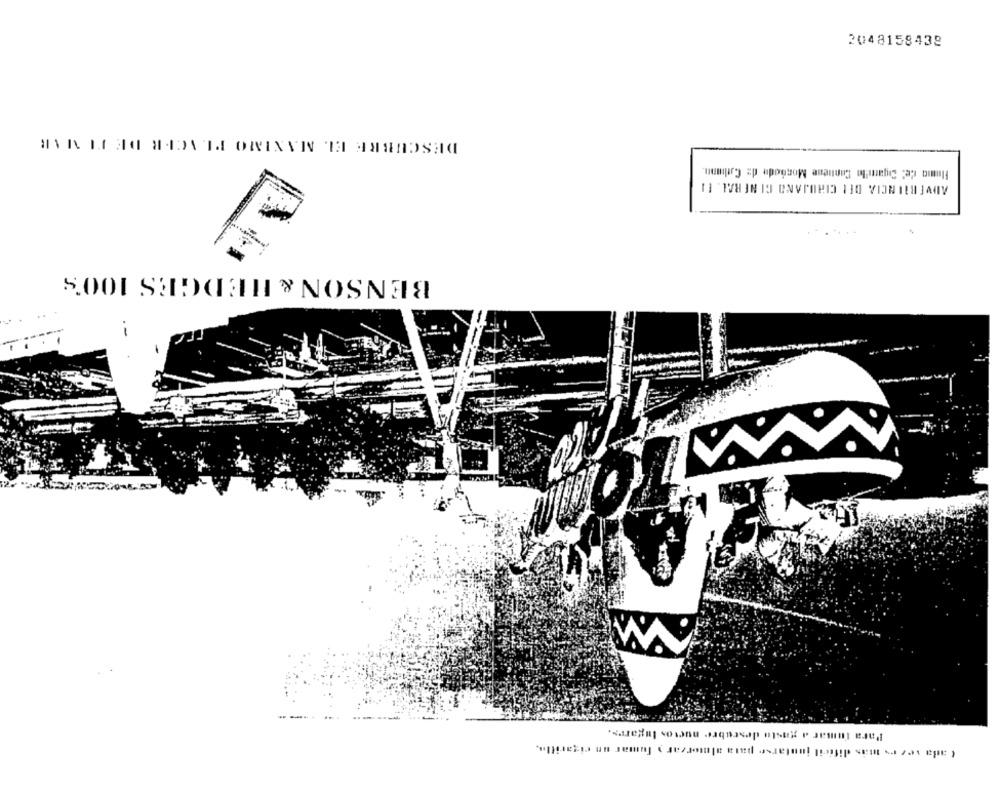
2048158438
Fumo de: Cigare'lo Cuntiene Mondode dz Catbunn.
11`WH IN IO ONVPORIO 110 VIONIENJAGV
.......
BENSON & HEDGES 100'S
Para fumar a gusto descubre nuctos lugares.
tada vezes mas dificil juntarse para almorzar > fumar un cigarillo.